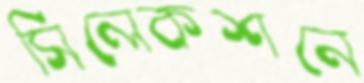
সিলেকশনে